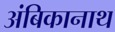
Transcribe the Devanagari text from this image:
अंबिकानाथ